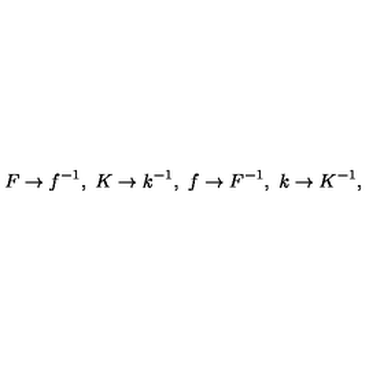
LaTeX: F \to f ^ { - 1 } , \ K \to k ^ { - 1 } , \ f \to F ^ { - 1 } , \ k \to K ^ { - 1 } ,